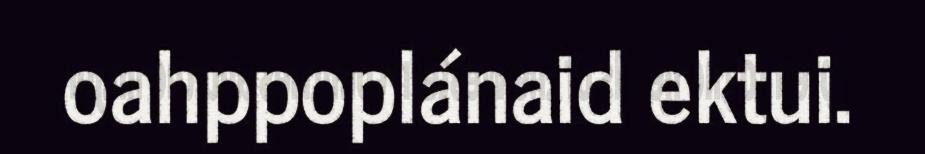
oahppoplánaid ektui.